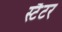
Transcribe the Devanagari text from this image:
स्टैटर